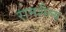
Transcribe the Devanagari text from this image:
रामशैल्य